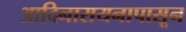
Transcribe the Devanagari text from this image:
आदिनारायनापासून